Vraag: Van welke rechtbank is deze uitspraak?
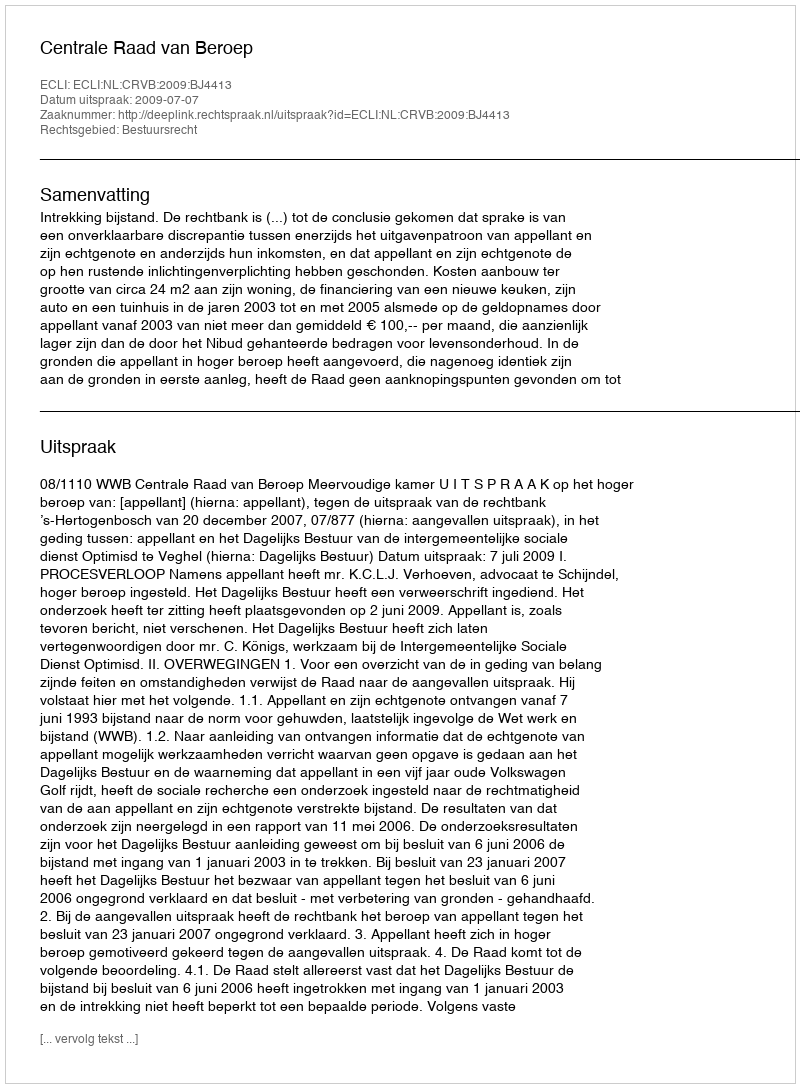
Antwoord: Centrale Raad van Beroep